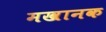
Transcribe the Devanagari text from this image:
मखानक